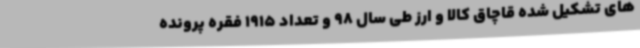
های تشکیل شده قاچاق کالا و ارز طی سال 98 و تعداد 1915 فقره پرونده